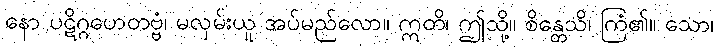
နော ပဋိဂ္ဂဟေတဗ္ဗံ၊ မလှမ်းယူ အပ်မည်လော။ ဣတိ၊ ဤသို့။ စိန္တေသိ၊ ကြံ၏။ သော၊